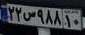
۲۲س۹۸۸۱۰